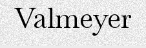
Valmeyer